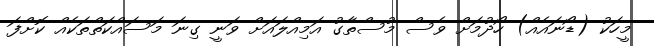
މީހަކު (ޑޯނައެއް) ހޯދުމަށް ވެސް މުސްތާގު އަމިއްލައަށް ވަނީ ގިނަ މަސައްކަތްތަކެއް ކޮށްފަ